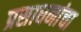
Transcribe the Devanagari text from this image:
प्रसाधनांचा